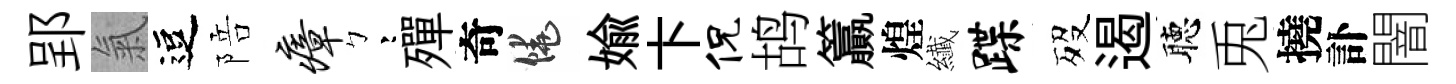
郢氣逗陪瘴彎殫奇饒媮卞侃鸪籯煌纎蹀歿遏聴兎撓訃闇